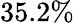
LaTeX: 35.2\%